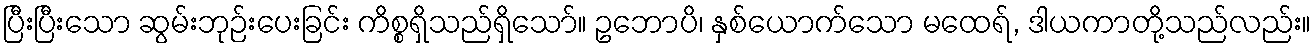
ပြီးပြီးသော ဆွမ်းဘုဉ်းပေးခြင်း ကိစ္စရှိသည်ရှိသော်။ ဥဘောပိ၊ နှစ်ယောက်သော မထေရ်, ဒါယကာတို့သည်လည်း။